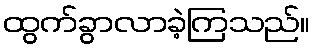
ထွက်ခွာလာခဲ့ကြသည်။